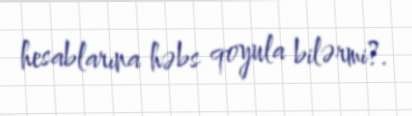
hesablarına həbs qoyula bilərmi?.